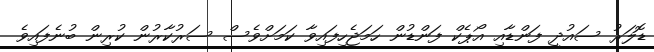
ޑޮލަރު ސައުދީ ފަންޑާއި އޯޕެކް ފަންޑުން ހަމަޖެހިފައިވާ ކަމަށްވެސް ސަރުކާރުން ކުރިން ބުނެފައިވެ